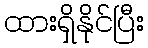
ထားရှိနိုင်ပြီး